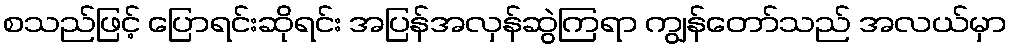
စသည်ဖြင့် ပြောရင်းဆိုရင်း အပြန်အလှန်ဆွဲကြရာ ကျွန်တော်သည် အလယ်မှာ